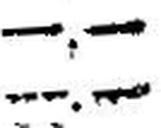
—.—